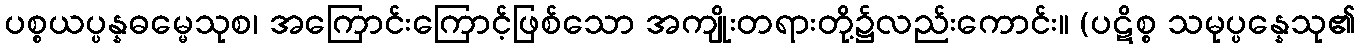
ပစ္စယပ္ပန္နဓမ္မေသုစ၊ အကြောင်းကြောင့်ဖြစ်သော အကျိုးတရားတို့၌လည်းကောင်း။ (ပဋိစ္စ သမုပ္ပန္နေသု၏